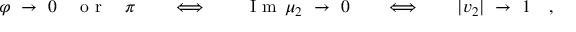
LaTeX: \varphi \ \to \ 0 \quad \textrm { o r } \quad \pi \qquad \Longleftrightarrow \qquad \textrm { I m } \, \mu _ { 2 } \ \to \ 0 \qquad \Longleftrightarrow \qquad | v _ { 2 } | \ \to \ 1 \quad ,